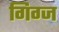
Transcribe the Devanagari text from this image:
गिग्ज